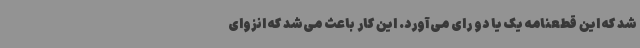
شد که این قطعنامه یک یا دو رای می‌آورد. این کار باعث می‌شد که انزوای